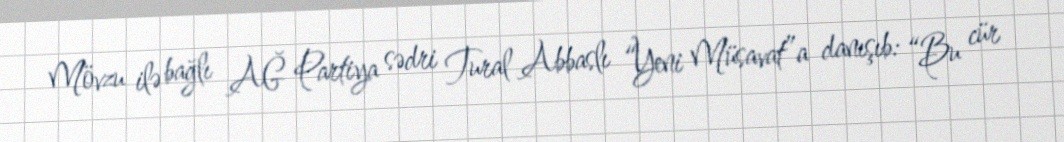
Mövzu ilə bağlı AĞ Partiya sədri Tural Abbaslı “Yeni Müsavat”a danışıb: “Bu cür